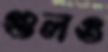
গুলও